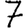
Digit: 7